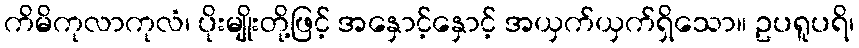
ကိမိကုလာကုလံ၊ ပိုးမျိုးတို့ဖြင့် အနှောင့်နှောင့် အယှက်ယှက်ရှိသော။ ဥပရူပရိ၊